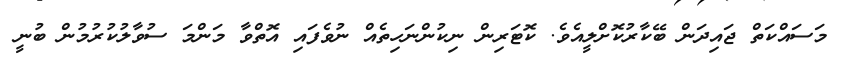
މަސައްކަތް ޖައިދަން ބޭކާރުކޮށްލީއެވެ. ކޮޓަރިން ނިކުންނަހިތެއް ނުވެފައި އޮތްވާ މަންމަ ސުވާލުކުރުމުން ބުނީ